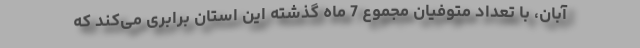
آبان، با تعداد متوفیان مجموع 7 ماه گذشته این استان برابری می‌کند که